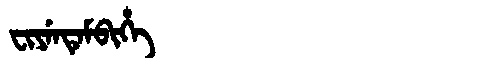
Manchu: ᠸᡳᠶᡝᠨᡨᡝᠮᠪᡳᡥᡝ
Romanization: FIYENTEMBIHE